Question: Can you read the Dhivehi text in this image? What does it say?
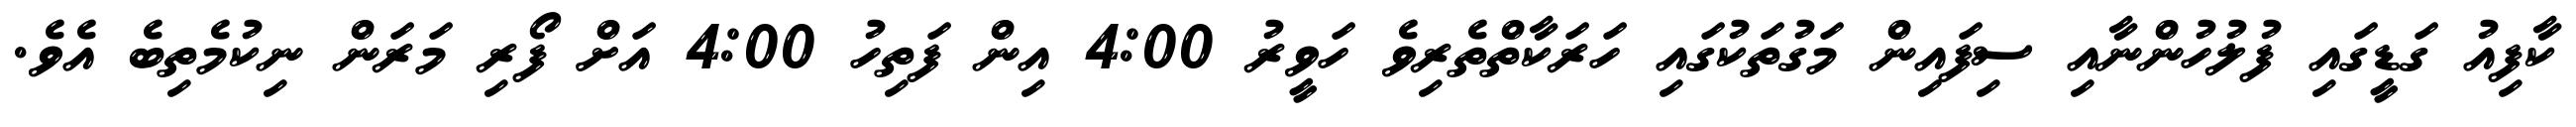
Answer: ކާފިއު ގަޑީގައި ފުލުހުންނާއި ސިފައިން މަގުތަކުގައި ހަރަކާތްތެރިވެ ހަވީރު 4:00 އިން ފަތިހު 4:00 އަށް ފޯރި މަރަން ނިކުމެތިބެ އެވެ.